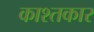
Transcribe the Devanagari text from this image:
काश्‍तकार